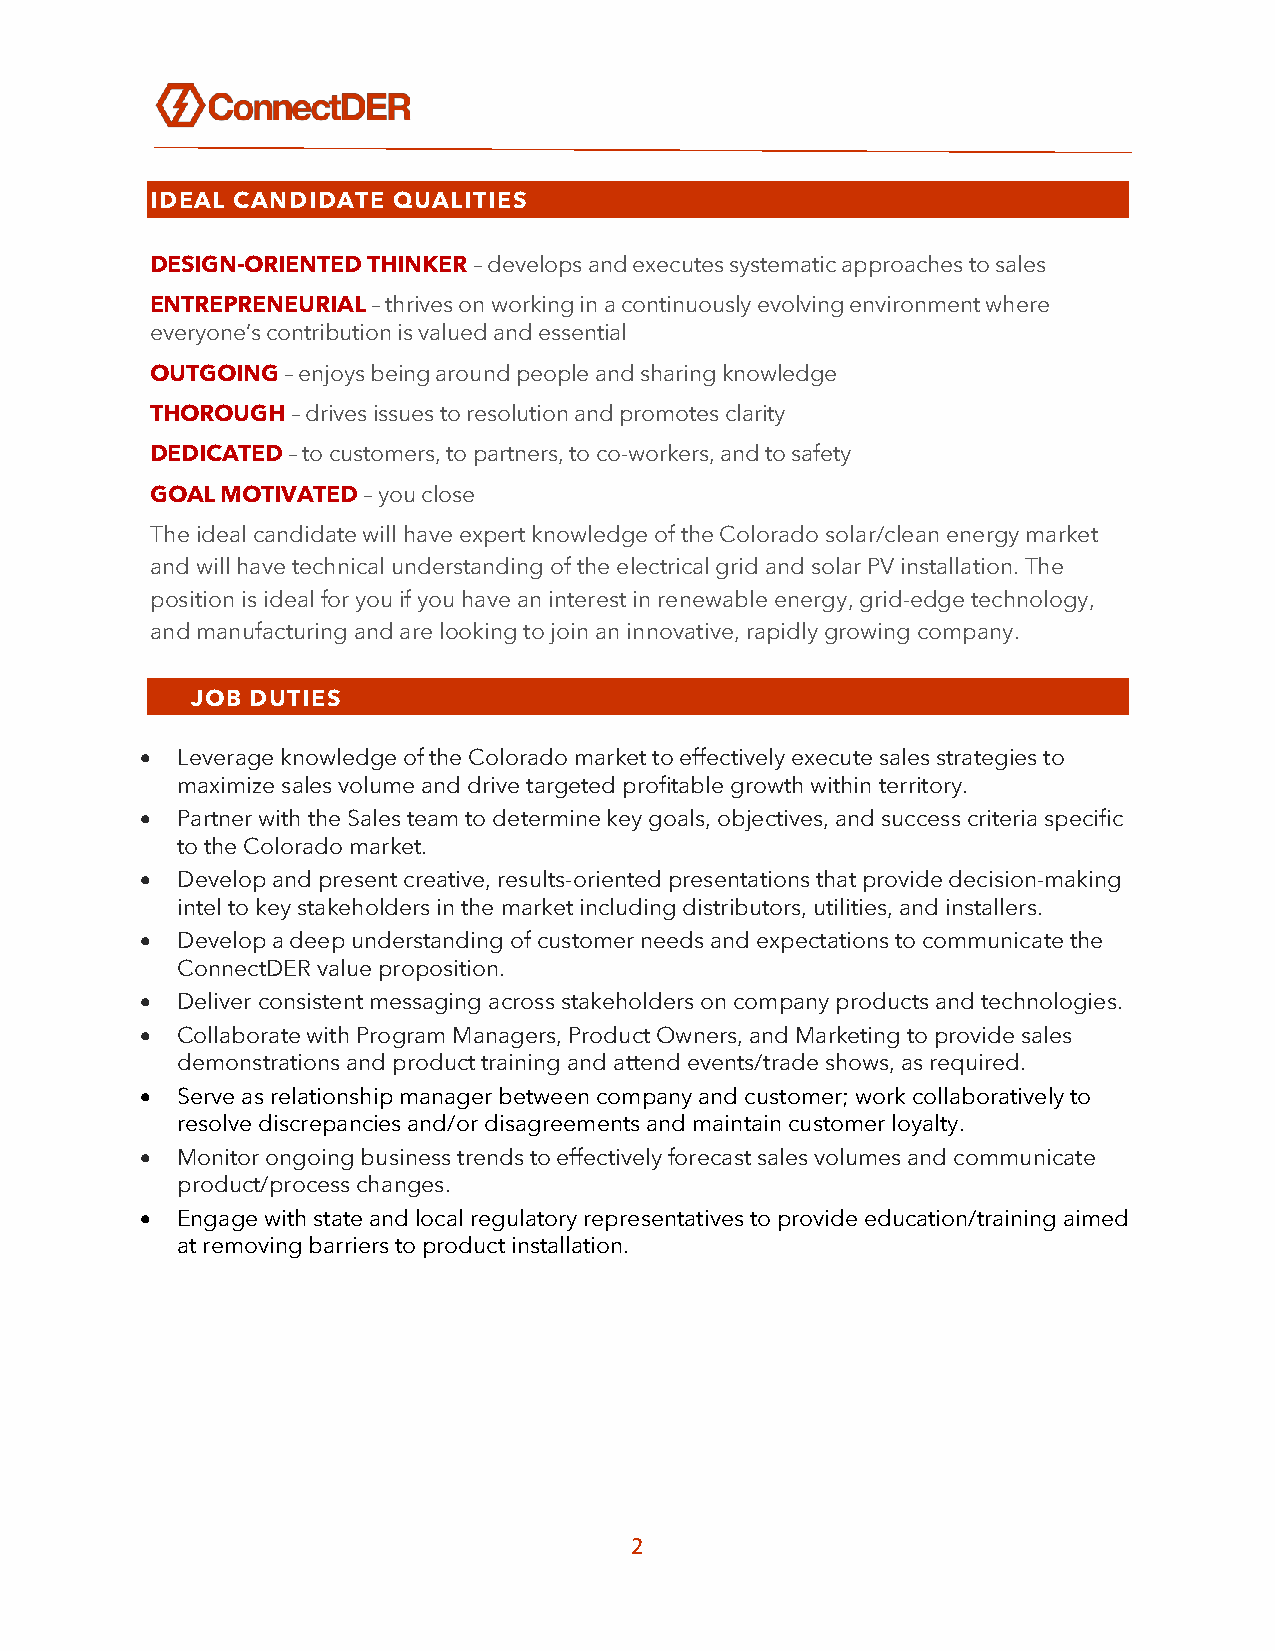
IDEAL CANDIDATE QUALITIES
 DESIGN-ORIENTED THINKER – develops and executes systematic approaches to sales
 ENTREPRENEURIAL – thrives on working in a continuously evolving environment where
 everyone’s contribution is valued and essential
 OUTGOING – enjoys being around people and sharing knowledge
 THOROUGH – drives issues to resolution and promotes clarity
 DEDICATED – to customers, to partners, to co-workers, and to safety
 GOAL MOTIVATED – you close
 The ideal candidate will have expert knowledge of the Colorado solar/clean energy market
 and will have technical understanding of the electrical grid and solar PV installation. The
 position is ideal for you if you have an interest in renewable energy, grid-edge technology,
 and manufacturing and are looking to join an innovative, rapidly growing company.
 JOB DUTIES
 •  Leverage knowledge of the Colorado market to effectively execute sales strategies to
 maximize sales volume and drive targeted profitable growth within territory.
 •  Partner with the Sales team to determine key goals, objectives, and success criteria specific
 to the Colorado market.
 •  Develop and present creative, results-oriented presentations that provide decision-making
 intel to key stakeholders in the market including distributors, utilities, and installers.
 •  Develop a deep understanding of customer needs and expectations to communicate the
 ConnectDER value proposition.
 •  Deliver consistent messaging across stakeholders on company products and technologies.
 •  Collaborate with Program Managers, Product Owners, and Marketing to provide sales
 demonstrations and product training and attend events/trade shows, as required.
 •  Serve as relationship manager between company and customer; work collaboratively to
 resolve discrepancies and/or disagreements and maintain customer loyalty.
 •  Monitor ongoing business trends to effectively forecast sales volumes and communicate
 product/process changes.
 •  Engage with state and local regulatory representatives to provide education/training aimed
 at removing barriers to product installation.
 2